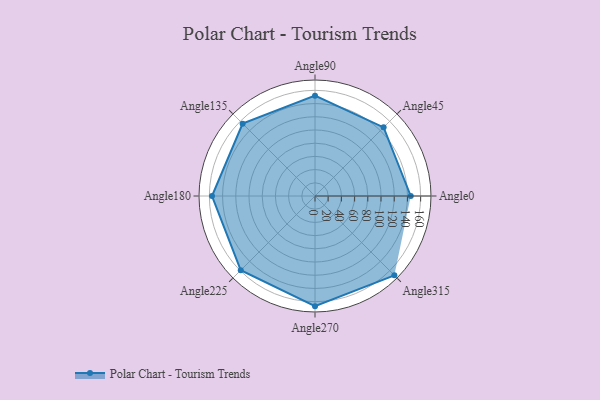
{"axis": {"x": "Angle", "y": "Radius"}, "legend": [""], "data": [{"x": "Angle0", "y": 145.0, "type": ""}, {"x": "Angle45", "y": 147.0, "type": ""}, {"x": "Angle90", "y": 152.0, "type": ""}, {"x": "Angle135", "y": 155.0, "type": ""}, {"x": "Angle180", "y": 156.0, "type": ""}, {"x": "Angle225", "y": 159.0, "type": ""}, {"x": "Angle270", "y": 167.0, "type": ""}, {"x": "Angle315", "y": 170, "type": ""}]}